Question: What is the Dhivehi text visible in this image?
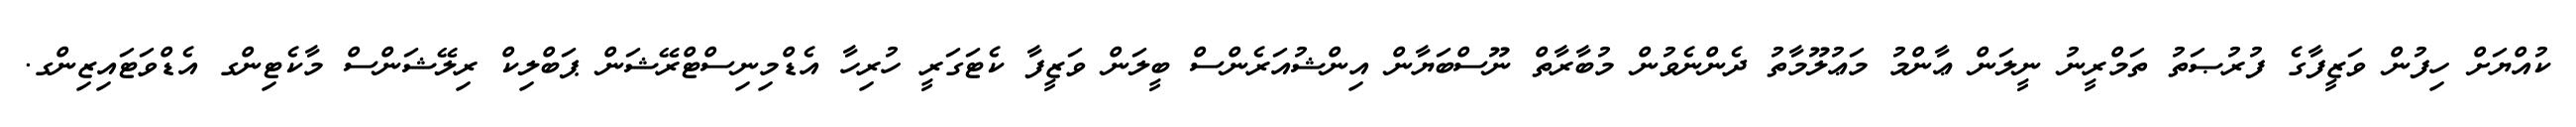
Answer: ކުއްޔަށް ހިފުން ވަޒީފާގެ ފުރުޞަތު ތަމްރީނު ނީލަން ޢާންމު މަޢުލޫމާތު ދެންނެވުން މުބާރާތް ނޫސްބަޔާން އިންޝުއަރެންސް ބީލަން ވަޒީފާ ކެޓަގަރީ ހުރިހާ އެޑްމިނިސްޓްރޭޝަން ޕަބްލިކް ރިލޭޝަންސް މާކެޓިންގ އެޑްވަޓައިޒިންގ.